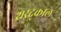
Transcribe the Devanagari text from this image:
शरद्काल